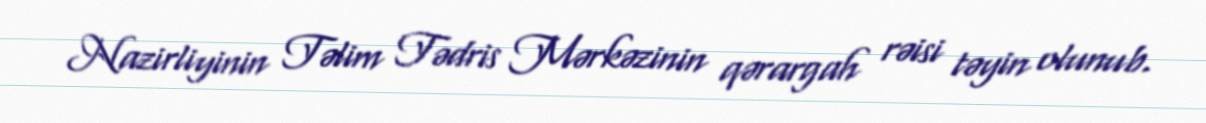
Nazirliyinin Təlim Tədris Mərkəzinin qərargah rəisi təyin olunub.